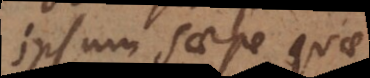
ipsum saepe quae